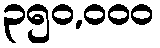
၃၅၀,၀၀၀